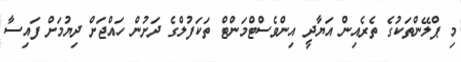
މި ޕްލޭންތަކުގެ ތެރެއިން އަޔާދީ އިންވެސްޓްމަންޓް ތަކަފުލްގެ ދަށުން ހައްޖަށް ދިޔުމަށް ފައިސާ